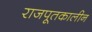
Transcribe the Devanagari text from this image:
राजपूतकालीन